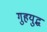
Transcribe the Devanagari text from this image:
गुहयुद्ध